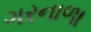
ગરનાળા